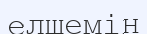
елшемін